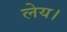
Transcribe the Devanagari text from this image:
लेय।